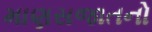
માણસજાતનો